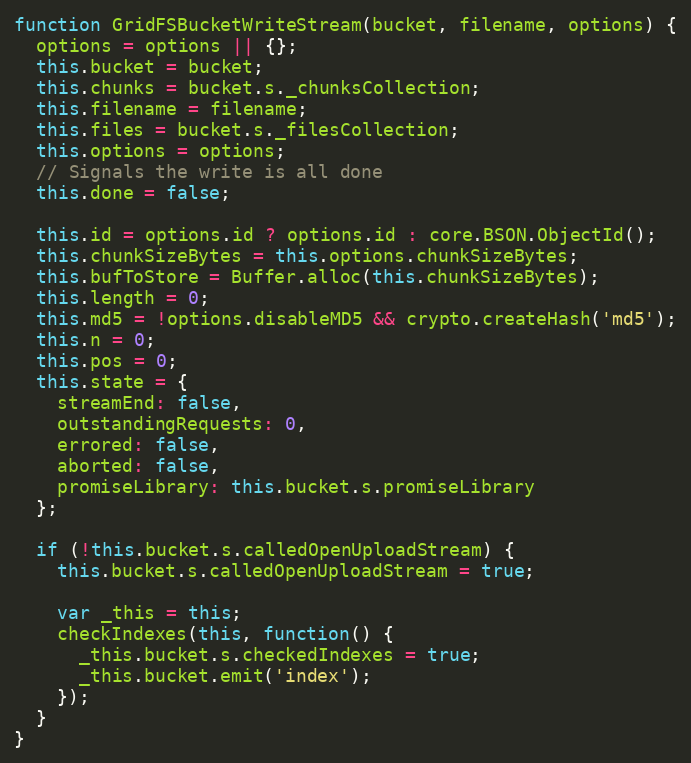
Language: JavaScript
function GridFSBucketWriteStream(bucket, filename, options) {
  options = options || {};
  this.bucket = bucket;
  this.chunks = bucket.s._chunksCollection;
  this.filename = filename;
  this.files = bucket.s._filesCollection;
  this.options = options;
  // Signals the write is all done
  this.done = false;

  this.id = options.id ? options.id : core.BSON.ObjectId();
  this.chunkSizeBytes = this.options.chunkSizeBytes;
  this.bufToStore = Buffer.alloc(this.chunkSizeBytes);
  this.length = 0;
  this.md5 = !options.disableMD5 && crypto.createHash('md5');
  this.n = 0;
  this.pos = 0;
  this.state = {
    streamEnd: false,
    outstandingRequests: 0,
    errored: false,
    aborted: false,
    promiseLibrary: this.bucket.s.promiseLibrary
  };

  if (!this.bucket.s.calledOpenUploadStream) {
    this.bucket.s.calledOpenUploadStream = true;

    var _this = this;
    checkIndexes(this, function() {
      _this.bucket.s.checkedIndexes = true;
      _this.bucket.emit('index');
    });
  }
}